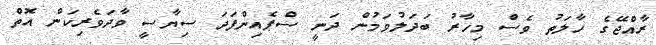
ރާއްޖޭގެ ހާލަތު ވެސް މިހާރު ބަދަލުވަމުން ދަނީ ސްޕެއިންފަދަ ސިޔާސީ ވާދަވެރިކަން އޮތް